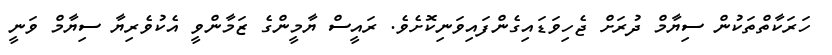
ހަރަކާތްތަކުން ސިޔާމް ދުރަށް ޖެހިވަޑައިގެންފައިވަނިކޮށެވެ. ރައީސް ޔާމީންގެ ޒަމާންވީ އެކުވެރިޔާ ސިޔާމް ވަނީ